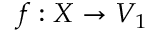
f : X \to V _ { 1 }